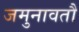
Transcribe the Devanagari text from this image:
जमुनावतौ